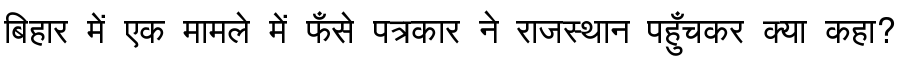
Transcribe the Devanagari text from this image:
बिहार में एक मामले में फँसे पत्रकार ने राजस्थान पहुँचकर क्या कहा?